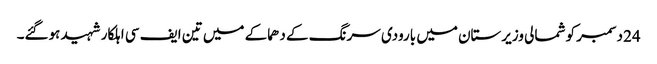
24 دسمبر کو شمالی وزیرستان میں بارودی سرنگ کے دھماکے میں تین ایف سی اہلکار شہید ہوگئے۔